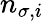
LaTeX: n_{\sigma,i}